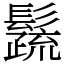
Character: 𩯕